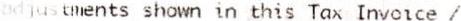
ADJUSTMENTS SHOWN IN THIS TAX INVOICE /